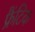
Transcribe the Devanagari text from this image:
फ्रैंटिक